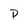
Character: P